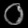
Digit: ၀